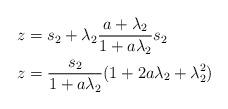
LaTeX: \begin{align*}z &= s_2 + \lambda_2 \frac{a+\lambda_2}{1+a\lambda_2} s_2 \\z &= \frac{s_2}{1+a\lambda_2} (1+2a\lambda_2 + \lambda_2^2)\end{align*}